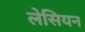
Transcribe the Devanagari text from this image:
लेसियन